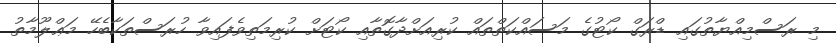
މި ރަސްމިއްޔާތުގައި ޑްރަގް ކޯޓުގެ މަސައްކަތްތައް ކުރިއަށްދާގޮތާއި ކޯޓަށް ކުރިމަތިވެފައިވާ ހުރަސްތަކާބެހޭ މަޢްލޫމާތު